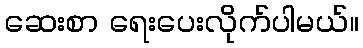
ဆေးစာ ရေးပေးလိုက်ပါမယ်။